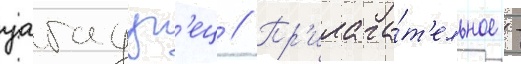
уагадуг'ец // Пр'илага́т'ельное -